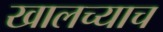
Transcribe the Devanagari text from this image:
खालच्याच